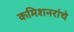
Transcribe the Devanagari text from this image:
कमिशनरांचे